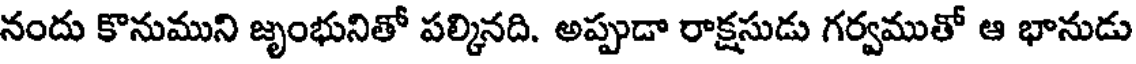
నందు కొనుముని జృంభునితో పల్కినది. అప్పుడా రాక్షసుడు గర్వముతో ఆ భానుడు